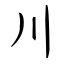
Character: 川